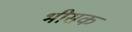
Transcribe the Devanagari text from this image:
भीसक